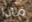
ماذا